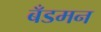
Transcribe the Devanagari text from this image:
बँडमन